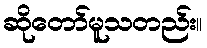
ဆိုတော်မူသတည်း။